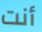
أنت